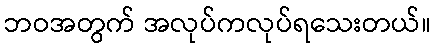
ဘဝအတွက် အလုပ်ကလုပ်ရသေးတယ်။